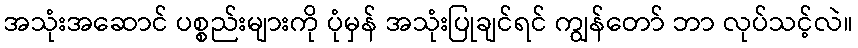
အသုံးအဆောင် ပစ္စည်းများကို ပုံမှန် အသုံးပြုချင်ရင် ကျွန်တော် ဘာ လုပ်သင့်လဲ။